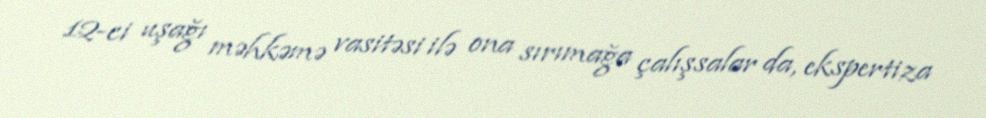
12-ci uşağı məhkəmə vasitəsi ilə ona sırımağa çalışsalar da, ekspertiza